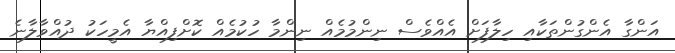
އަންގާ އެންގުންތަކާއި ހިލާފަށް އެއްވެސް ނިންމުމެއް ނިންމާ ހުކުމެއް ކޮށްފިއްޔާ އެމީހަކު ދުއްވާލާނެ